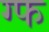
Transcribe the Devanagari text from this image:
ग्फ